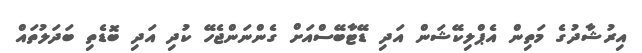
އިރުޝާދުގެ މަތިން އެޕްލިކޭޝަން އަދި ޑޭޓާބޭސްއަށް ގެންނަންޖެހޭ ކުދި އަދި ބޮޑެތި ބަދަލުތައް